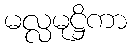
မလ္လမုဋ္ဌိကာ